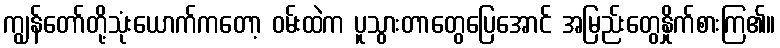
ကျွန်တော်တို့သုံးယောက်ကတော့ ဝမ်းထဲက ပူသွားတာတွေပြေအောင် အမြည်းတွေနှိုက်စားကြ၏။